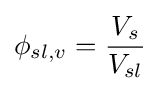
\phi _{sl,v}={\frac {V_{s}}{V_{sl}}}